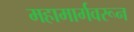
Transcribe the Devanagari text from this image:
महामार्गवरून